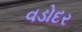
વડોદર